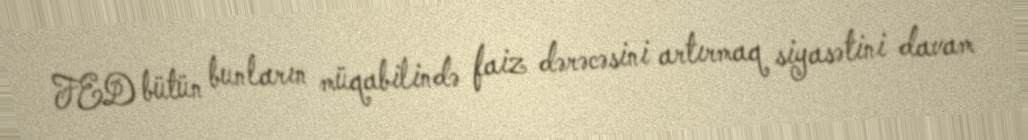
FED bütün bunların müqabilində faiz dərəcəsini artırmaq siyasətini davam